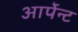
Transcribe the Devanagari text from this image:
आर्पेन्ट